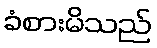
ခံစားမိသည်